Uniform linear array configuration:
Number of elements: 48
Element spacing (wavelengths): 0.25
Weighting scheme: hann
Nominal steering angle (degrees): -45
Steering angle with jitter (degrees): -43.095
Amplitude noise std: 0.05
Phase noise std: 0.05

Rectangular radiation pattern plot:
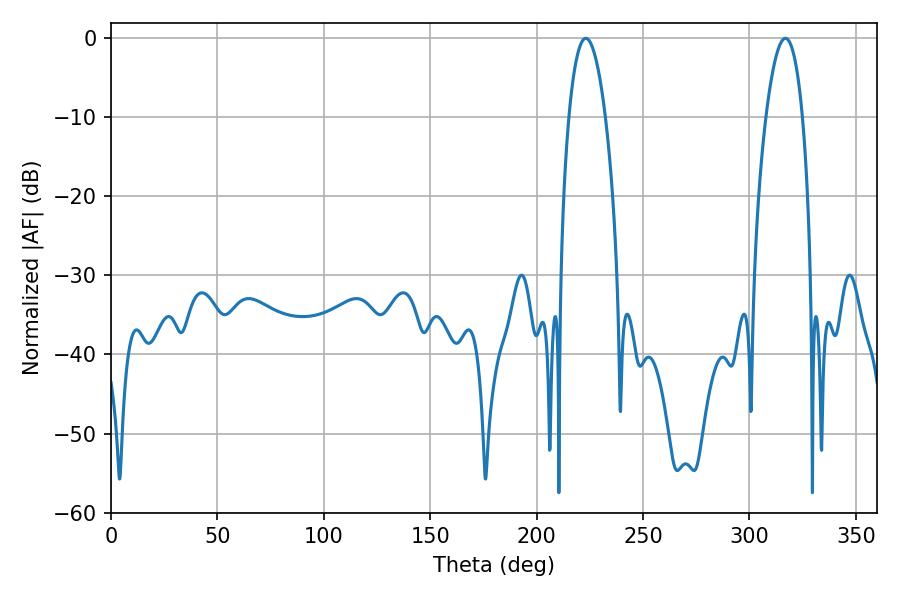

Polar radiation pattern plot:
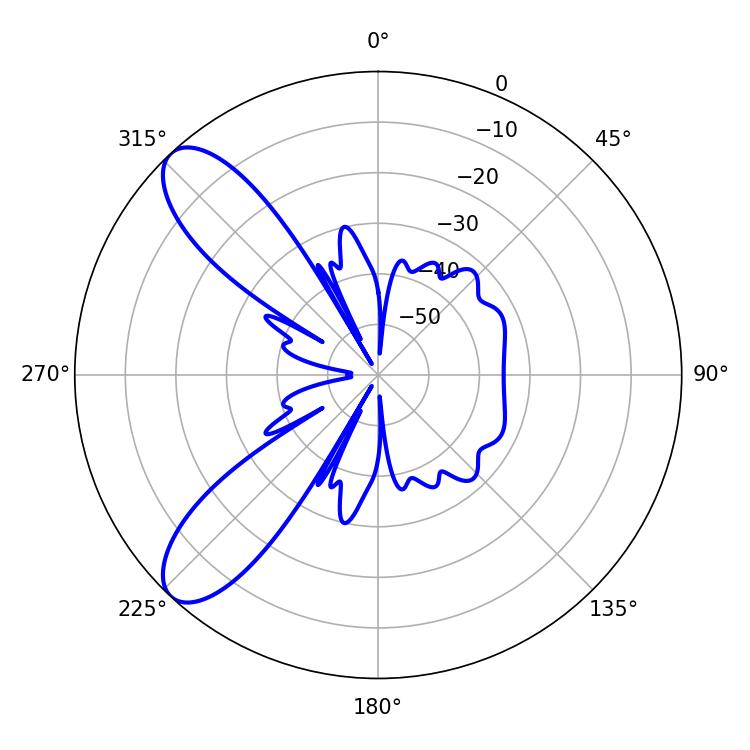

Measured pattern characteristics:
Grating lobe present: FALSE
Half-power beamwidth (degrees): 9.54
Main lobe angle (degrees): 223.02